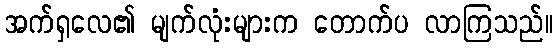
အက်ရှလေ၏ မျက်လုံးများက တောက်ပ လာကြသည်။